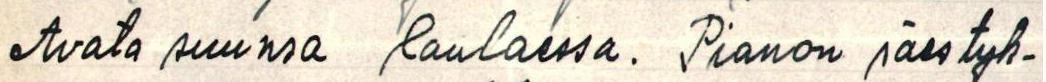
Avata suunsa laulaessa. Pianon säestyk-